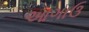
આગાઉ